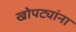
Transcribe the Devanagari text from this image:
खोपट्यांना